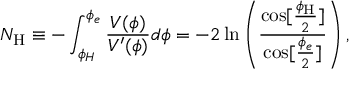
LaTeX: N _ { \mathrm { H } } \equiv - \int _ { \phi _ { H } } ^ { \phi _ { e } } \frac { V ( { \phi } ) } { V ^ { \prime } ( { \phi } ) } d \phi = - 2 \ln \left( \frac { \cos [ \frac { \phi _ { \mathrm { H } } } { 2 } ] } { \cos [ \frac { \phi _ { e } } { 2 } ] } \right) ,